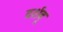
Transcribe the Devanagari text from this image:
दर्शवू